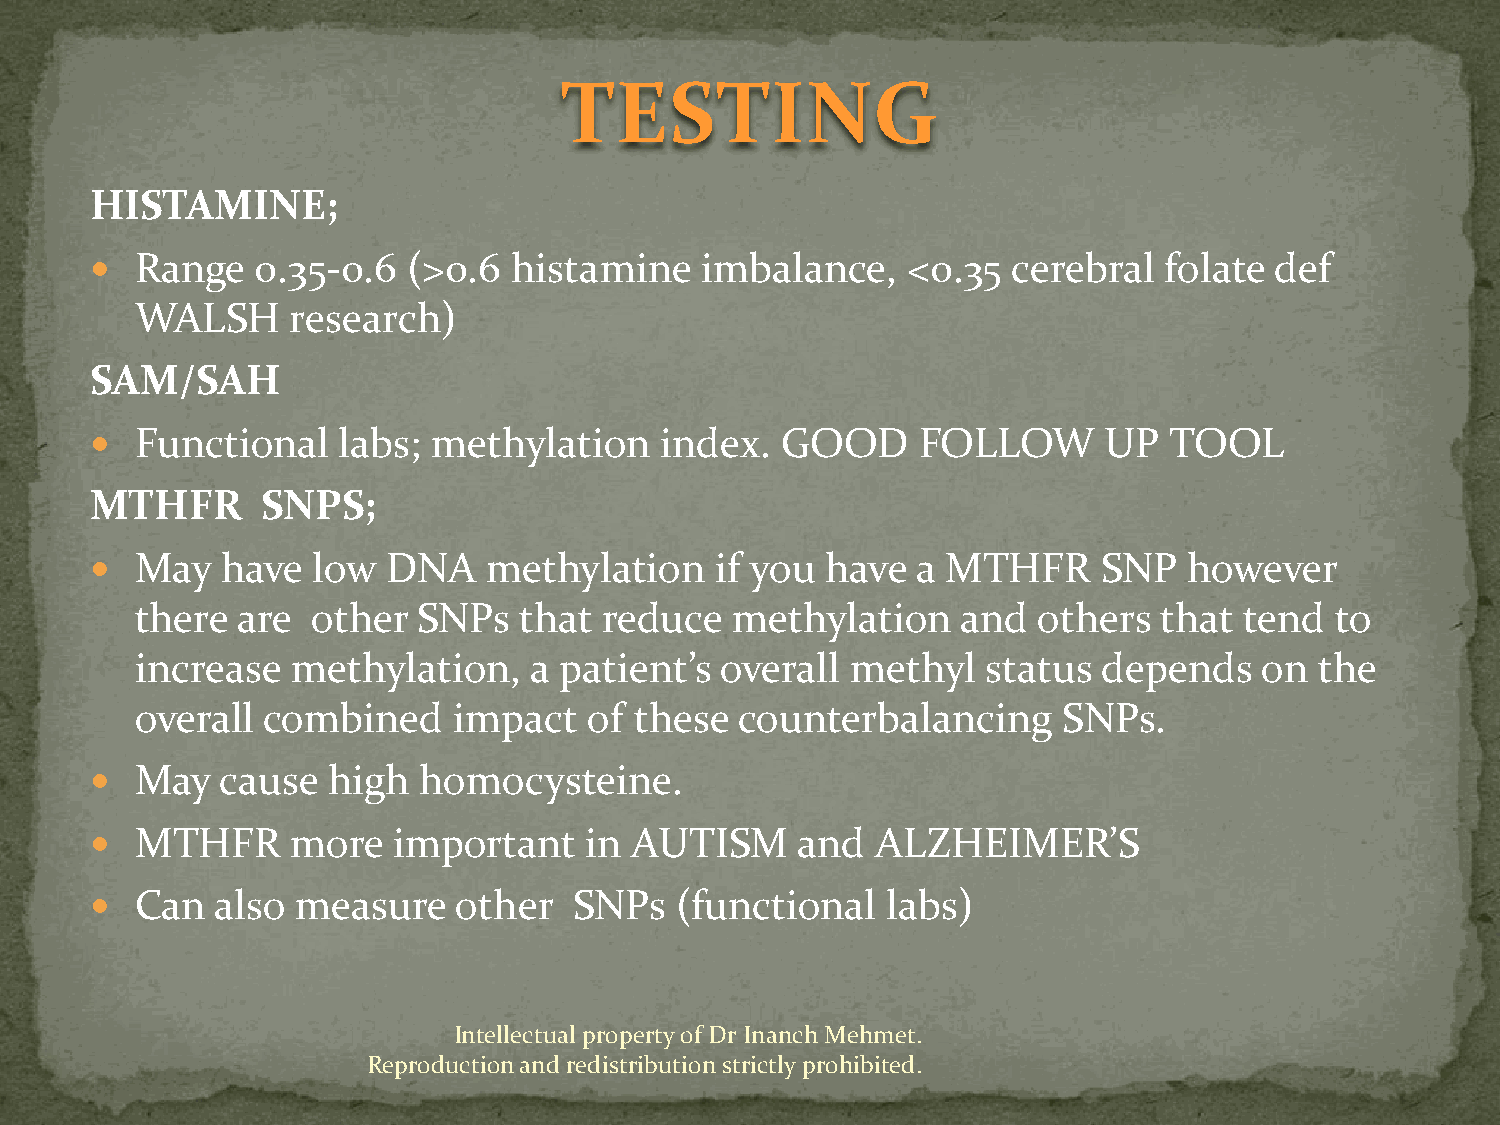
TESTING
 HISTAMINE;
   Range   0.35-0.6  (>0.6  histamine   imbalance,    <0.35  cerebral  folate def
 WALSH     research)
 SAM/SAH
   Functional   labs;  methylation    index.  GOOD     FOLLOW      UP  TOOL
 MTHFR      SNPS;
   May   have  low  DNA   methylation    if you  have  a MTHFR     SNP   however
 there  are  other  SNPs  that  reduce   methylation    and  others  that tend  to
 increase  methylation,    a patient’s  overall methyl   status  depends    on the
 overall combined     impact   of these  counterbalancing     SNPs.
   May   cause  high  homocysteine.
   MTHFR     more   important    in AUTISM     and  ALZHEIMER’S
   Can  also  measure   other   SNPs   (functional   labs)
 Intellectual property of Dr Inanch Mehmet.
 Reproduction and redistribution strictly prohibited.